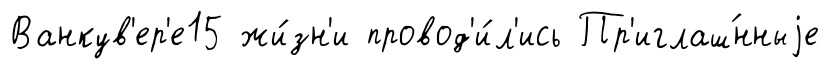
Ванкув'ер'е15 жи́зн'и провод'и́л'ись Пр'иглаш́нныjе